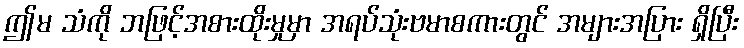
ဤမ သံကို ဘဖြင့်အစားထိုးမှုမှာ အရပ်သုံးဗမာစကားတွင် အများအပြား ရှိပြီး